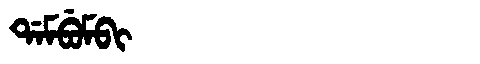
Manchu: ᡩᠠᠮᠪᡠᠮᠪᡳ
Romanization: DAMBUMBI